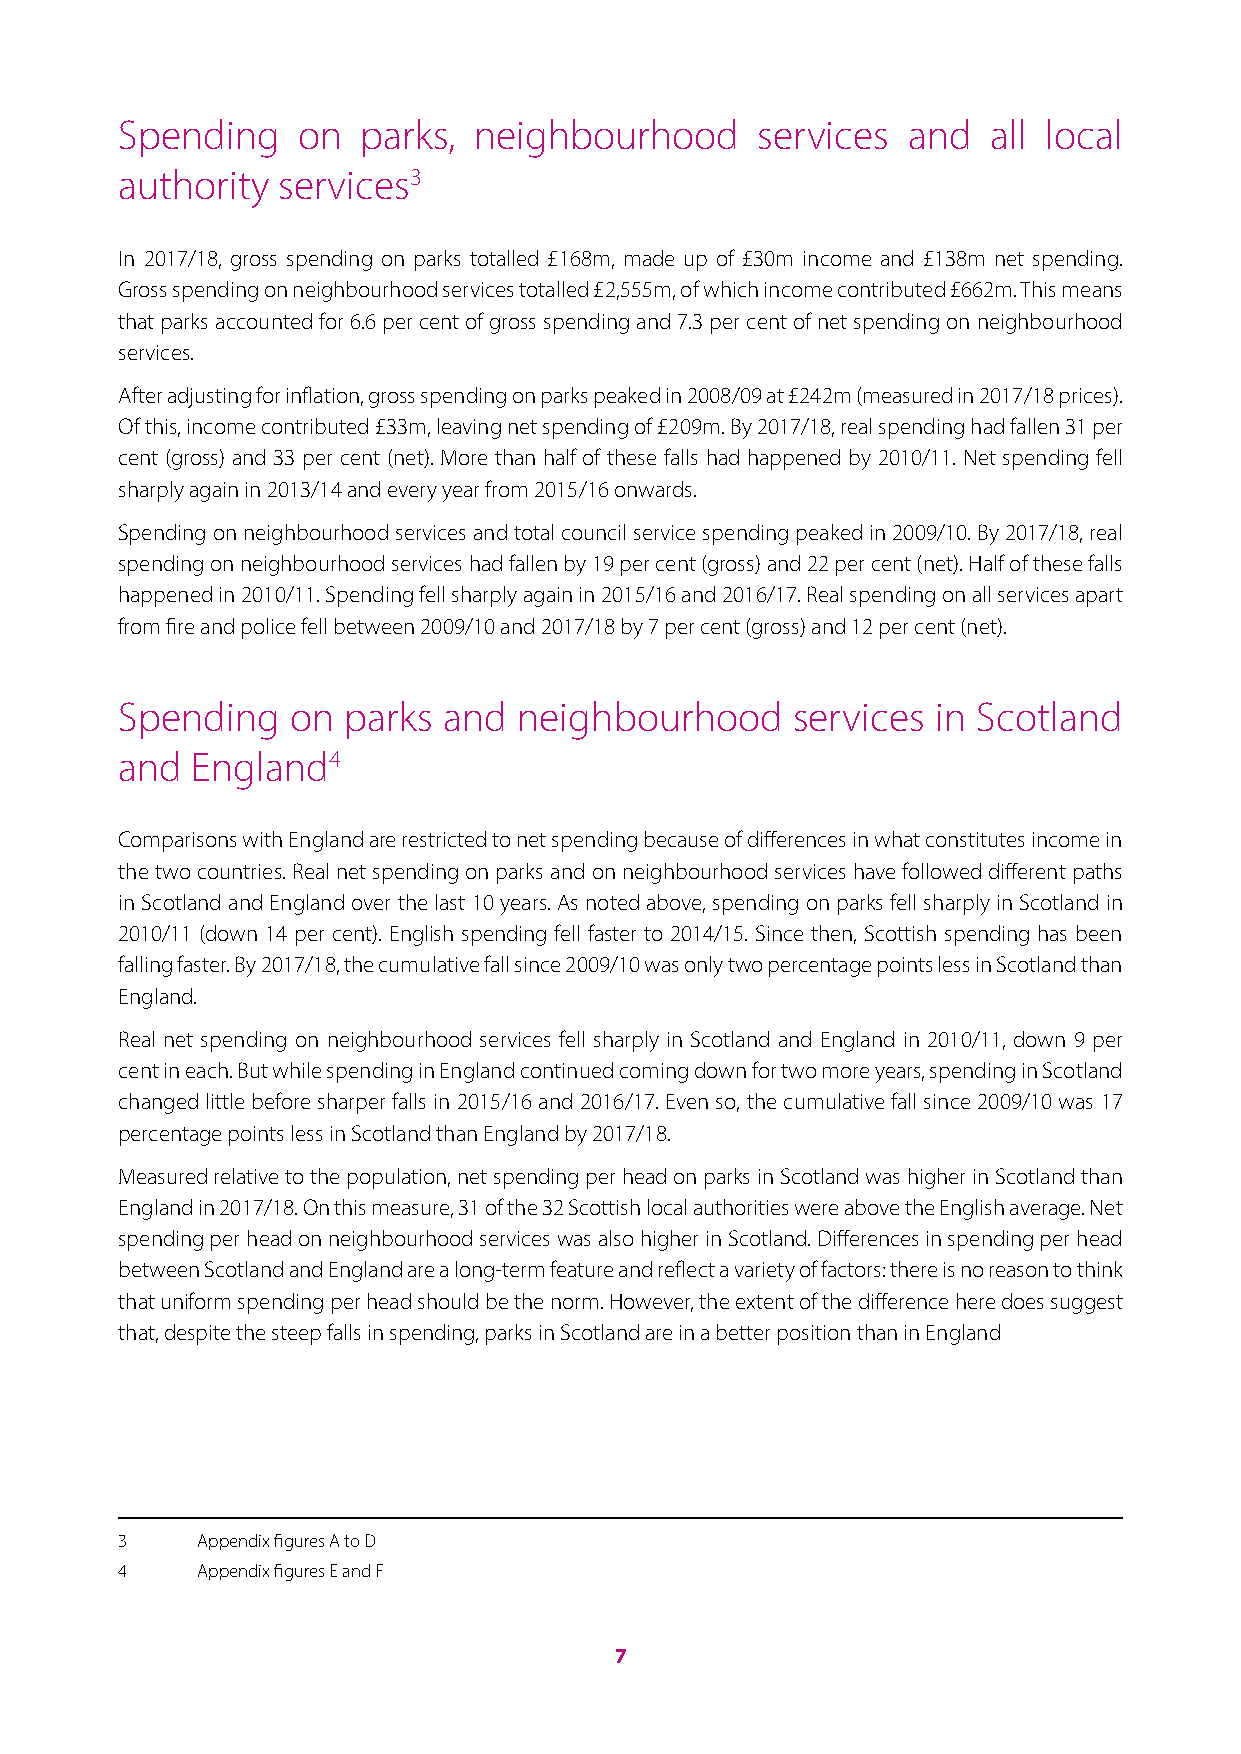
Spending    on  parks, neighbourhood      services  and   all local
 authority services3
 In 2017/18, gross spending on parks totalled £168m, made up of £30m income and £138m net spending.
 Gross spending on neighbourhood services totalled £2,555m, of which income contributed £662m. This means
 that parks accounted for 6.6 per cent of gross spending and 7.3 per cent of net spending on neighbourhood
 services.
 After adjusting for inflation, gross spending on parks peaked in 2008/09 at £242m (measured in 2017/18 prices).
 Of this, income contributed £33m, leaving net spending of £209m. By 2017/18, real spending had fallen 31 per
 cent (gross) and 33 per cent (net). More than half of these falls had happened by 2010/11. Net spending fell
 sharply again in 2013/14 and every year from 2015/16 onwards.
 Spending on neighbourhood services and total council service spending peaked in 2009/10. By 2017/18, real
 spending on neighbourhood services had fallen by 19 per cent (gross) and 22 per cent (net). Half of these falls
 happened in 2010/11. Spending fell sharply again in 2015/16 and 2016/17. Real spending on all services apart
 from fire and police fell between 2009/10 and 2017/18 by 7 per cent (gross) and 12 per cent (net).
 Spending   on  parks and  neighbourhood      services in Scotland
 and  England4
 Comparisons with England are restricted to net spending because of differences in what constitutes income in
 the two countries. Real net spending on parks and on neighbourhood services have followed different paths
 in Scotland and England over the last 10 years. As noted above, spending on parks fell sharply in Scotland in
 2010/11 (down 14 per cent). English spending fell faster to 2014/15. Since then, Scottish spending has been
 falling faster. By 2017/18, the cumulative fall since 2009/10 was only two percentage points less in Scotland than
 England.
 Real net spending on neighbourhood services fell sharply in Scotland and England in 2010/11, down 9 per
 cent in each. But while spending in England continued coming down for two more years, spending in Scotland
 changed little before sharper falls in 2015/16 and 2016/17. Even so, the cumulative fall since 2009/10 was 17
 percentage points less in Scotland than England by 2017/18.
 Measured relative to the population, net spending per head on parks in Scotland was higher in Scotland than
 England in 2017/18. On this measure, 31 of the 32 Scottish local authorities were above the English average. Net
 spending per head on neighbourhood services was also higher in Scotland. Differences in spending per head
 between Scotland and England are a long-term feature and reflect a variety of factors: there is no reason to think
 that uniform spending per head should be the norm. However, the extent of the difference here does suggest
 that, despite the steep falls in spending, parks in Scotland are in a better position than in England
 3    Appendix figures A to D
 4    Appendix figures E and F
 7